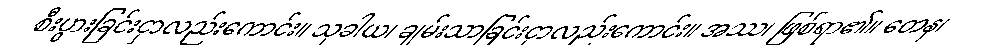
စီးပွားခြင်းငှာလည်းကောင်း။ သုခါယ၊ ချမ်းသာခြင်းငှာလည်းကောင်း။ အဿ၊ ဖြစ်ရာ၏။ တေန၊